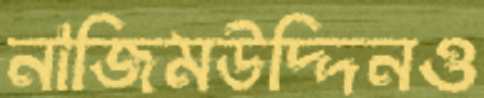
নাজিমউদ্দিনও